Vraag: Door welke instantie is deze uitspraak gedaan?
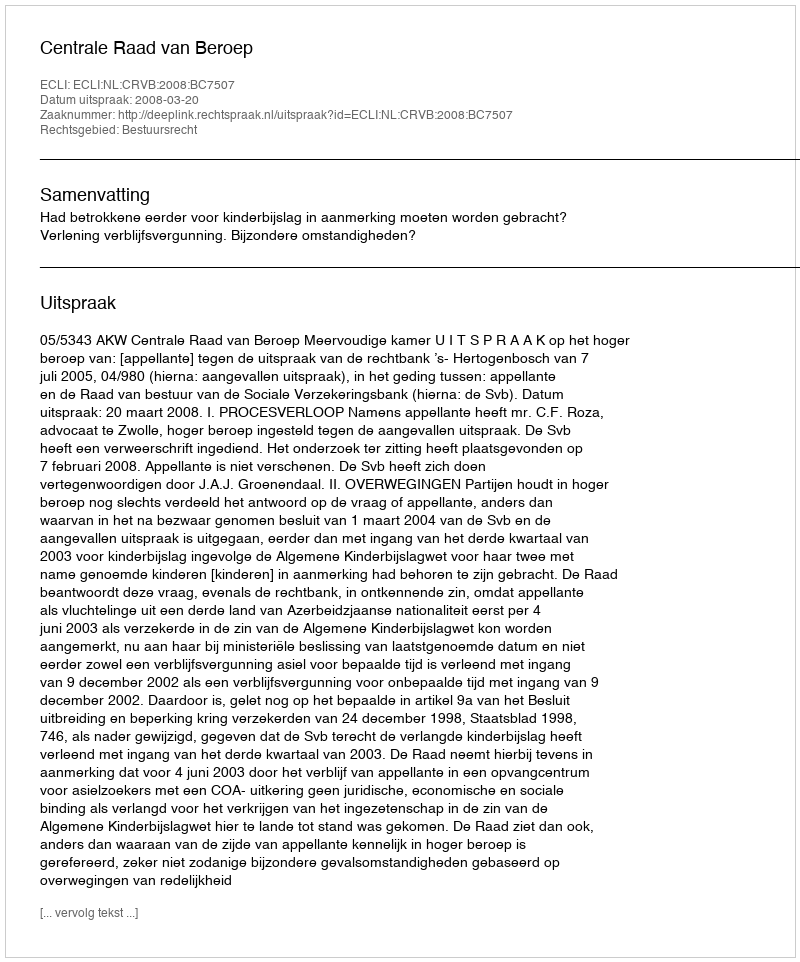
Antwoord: Centrale Raad van Beroep